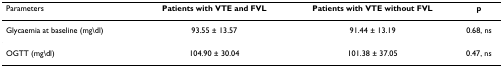
<table><thead><tr><td><b>Parameters</b></td><td><b>Patients with VTE and FVL</b></td><td><b>Patients with VTE without FVL</b></td><td><b>p</b></td></tr></thead><tbody><tr><td>Glycaemia at baseline (mg\dl)</td><td>93.55 ± 13.57</td><td>91.44 ± 13.19</td><td>0.68, ns</td></tr><tr><td>OGTT (mg\dl)</td><td>104.90 ± 30.04</td><td>101.38 ± 37.05</td><td>0.47, ns</td></tr></tbody></table>